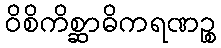
ဝိစိကိစ္ဆာဓိကရဏဉ္စ